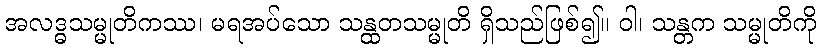
အလဒ္ဓသမ္မုတိကဿ၊ မရအပ်သော သန္ထတသမ္မုတိ ရှိသည်ဖြစ်၍။ ဝါ၊ သန္တက သမ္မုတိကို